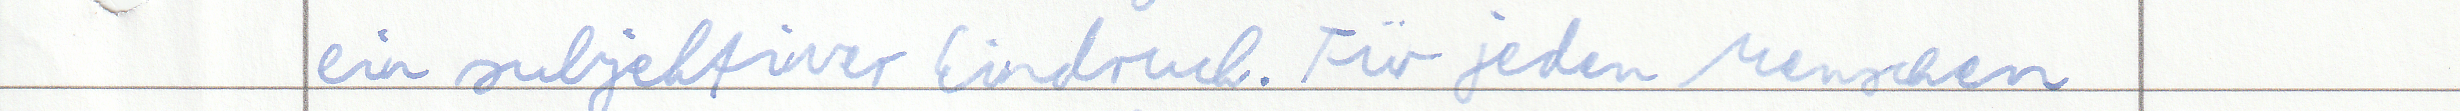
ein subjektiver Eindruck. Für jeden Menschen